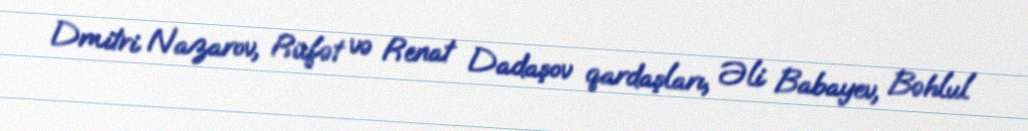
Dmitri Nazarov, Rüfət və Renat Dadaşov qardaşları, Əli Babayev, Bəhlul